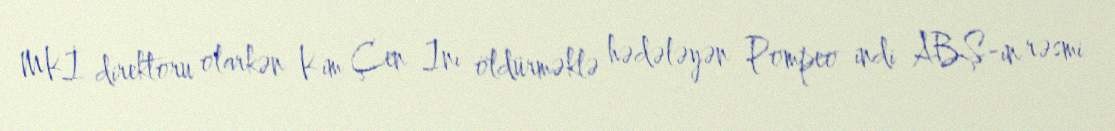
MKİ direktoru olarkən Kim Çen Inı öldürməklə hədələyən Pompeo indi ABŞ-ın rəsmi